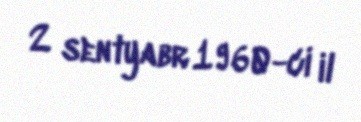
2 sentyabr 1960-ci il